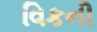
વિકની